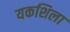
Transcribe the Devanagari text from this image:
यकशिला